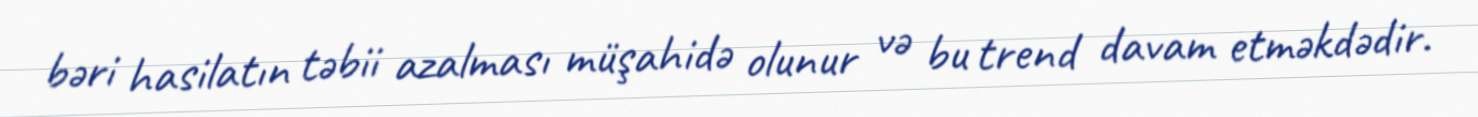
bəri hasilatın təbii azalması müşahidə olunur və bu trend davam etməkdədir.